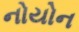
નોયોન